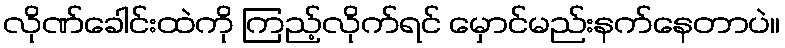
လိုဏ်ခေါင်းထဲကို ကြည့်လိုက်ရင် မှောင်မည်းနက်နေတာပဲ။